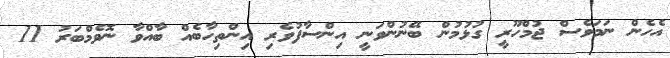
އެހެން ނަމަވެސް ޖުމްހޫރީ ގުޅުމުން ބޭނުންވަނީ އިންސާފުވެރި އިންތިހާބެއް ބާއްވާ ނޮވެމްބަރު 11